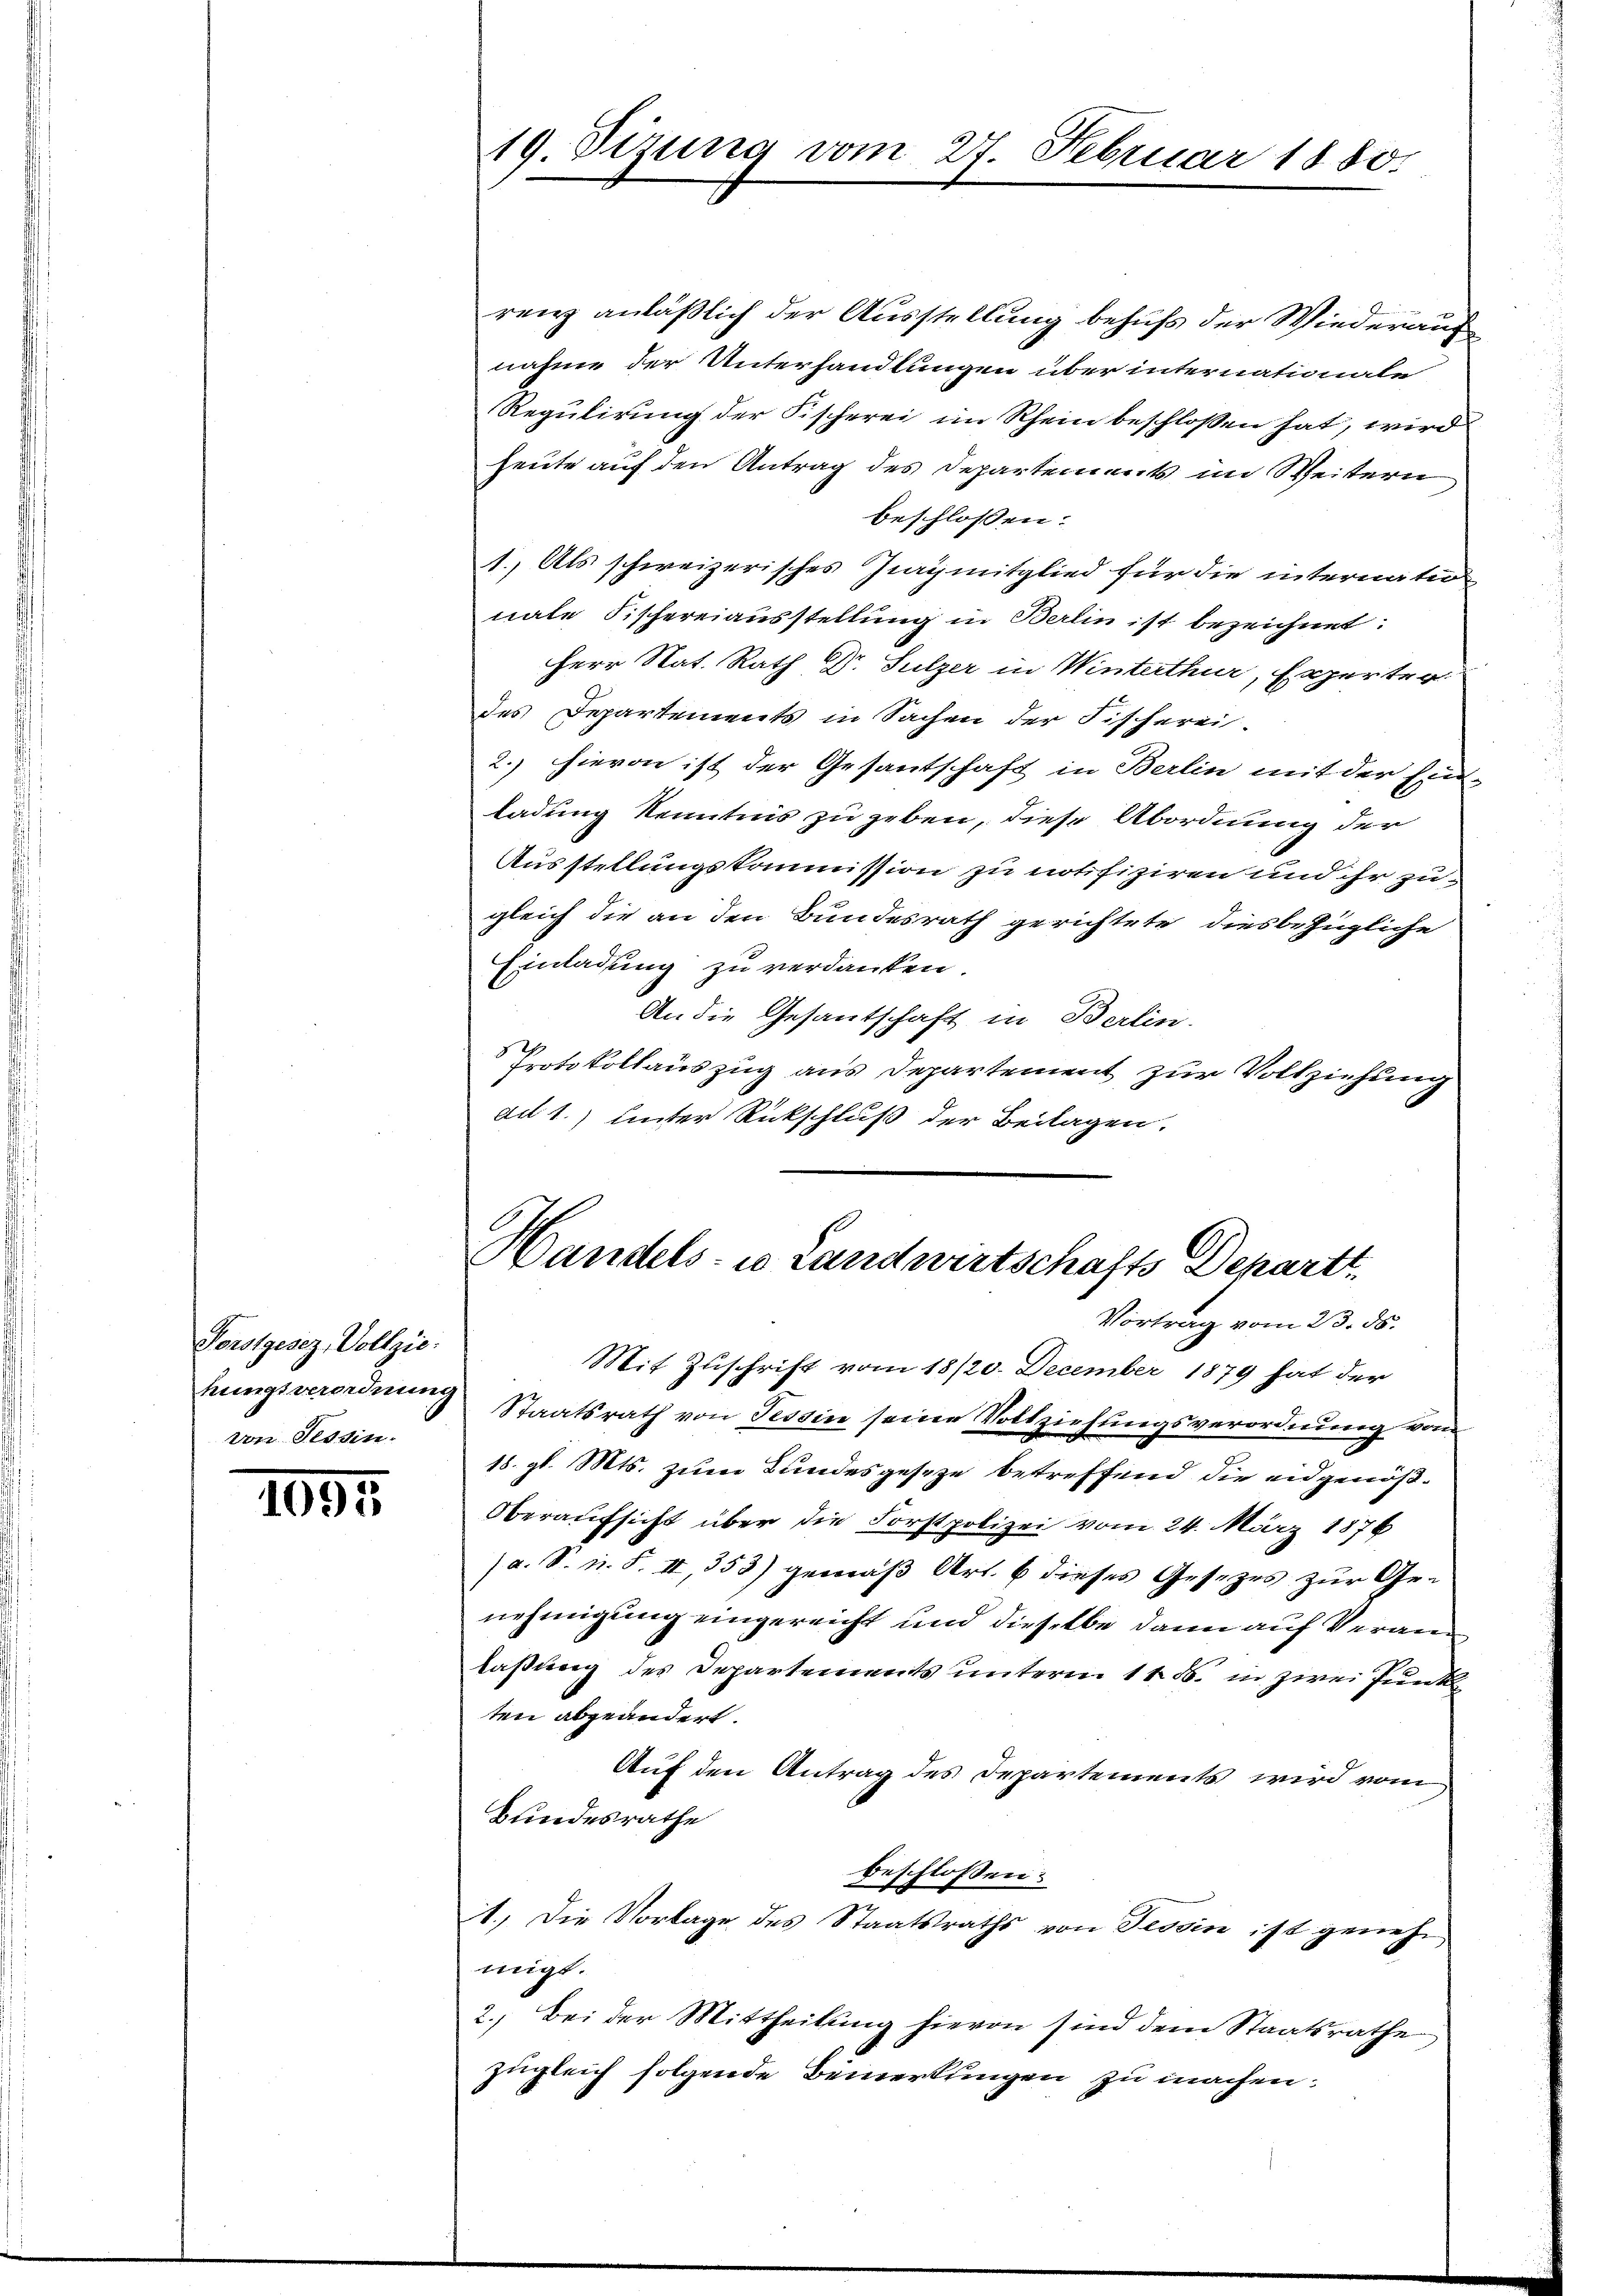
Forstgesez, Vollzie:
hungsverordnung
von Tessin.

1094.

19. Sizung vom 27. Februar 1880.

renz anläßlich der Ausstellung behufs der Wiederauch
nahme der Unterhandlungen über internationale
Regulirung der Fischerei im Rhein beschlossen hat, wird
heute auf den Antrag des Departements im Weitern
beschlossen:
1. Als schweizerisches Zigmitglied für die internatio
nale Fischereiausstellung in Berlin ist bezeichnet:
Herr Nat. Rath Dr. Sulzer in Winterthur, Experter
des Departements in Sachen der Fischerei-
2.) hievon ist der Gesantschaft in Berlin mit der Ein-
ladung Kenntnis zu geben, diese Abordnung der
Ausstellungskommission zu notifiziren und ihr zugleich die an den Bundesrath gerichtete diesbezügliche
Einladung zu verdanken.
An die Gesantschaft in Berlin.
Protokollauszug aus Departement zur Vollziehung
di 1.) unter Rückschluß der Beilagen.

Handels- u Landwirtschafts Departt
Vortrag vom 23. ds.

Mit Zuschrift vom 18/20. December 1879 hat der
Staatsrath von Tessin seine Vollziehungsverordnung vom
18. gl. Mts. zum Bundesgeseze betreffend die eidgenöß¬
Oberaufsicht über die Forstpolizei vom 24. März 1876
(a. S. n. F. II, 353) gemäß Art. 6 dieses Gesezes zur Genehmigung eingereicht und dieselbe dann auf Veranlaßung des Departements unterm 11. ds. in zwei Punk
ten abgeändert.
Auf den Antrag des Departements wird vom
Bundesrathe
beschlossen:
1.) Die Vorlage des Staatsraths von Tessin ist genehmigt.
2.) Bei der Mittheilung hievon sind dem Staatsrathe
zugleich folgende Bemerkungen zu machen.